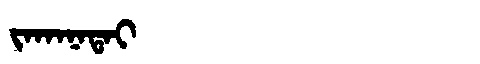
Manchu: ᠵᠠᡴᠠᠨᠠᡨᠠᡳ
Romanization: JAKANATAI